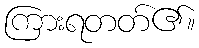
ကြားရတတ်၏။